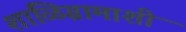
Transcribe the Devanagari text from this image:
शाळिग्रामाशी